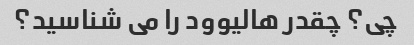
چی؟ چقدر هالیوود را می شناسید؟